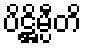
ပိဋ္ဌိမ္ပီတိ